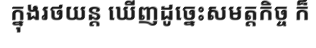
ក្នុងរថយន្ត ឃើញដូច្នេះសមត្តកិច្ច ក៏